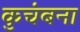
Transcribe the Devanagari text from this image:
कुचंबना